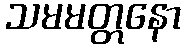
သမမတ္တနော